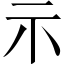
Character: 示